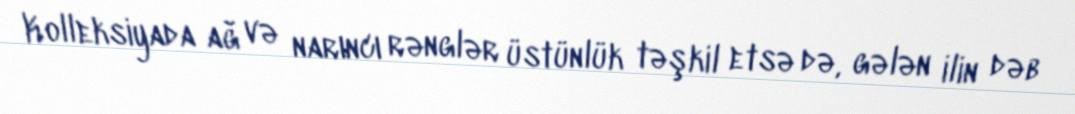
Kolleksiyada ağ və narıncı rənglər üstünlük təşkil etsə də, gələn ilin dəb